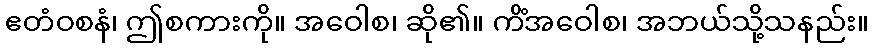
ဧတံဝစနံ၊ ဤစကားကို။ အဝေါစ၊ ဆို၏။ ကိံအဝေါစ၊ အဘယ်သို့သနည်း။